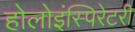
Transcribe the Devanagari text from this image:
होलोइंस्पिरेटरी